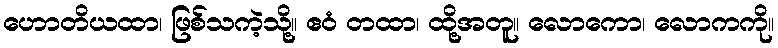
ဟောတိယထာ၊ ဖြစ်သကဲ့သို့။ ဧဝံ တထာ၊ ထို့အတူ။ လောကော၊ လောကကို။